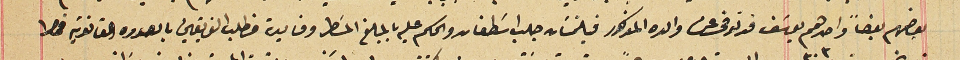
بعضهم بعضاً واحدهم يوسَف قد توفى عن والده المذكور فيلتمسَان جلب اسَطفان والحكم عليه بالمبلغ المسَطر وفايدته فطلب الفريقين بالصوره القانونية فحضرا